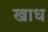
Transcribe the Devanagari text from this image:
खाध